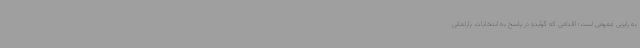
به رایزنی عمومی است؛ اقدامی که گوآیدو در پاسخ به انتخابات پارلمانی